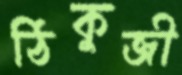
ঠিকুজী